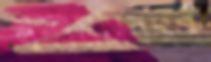
মুফাসসিরগণ